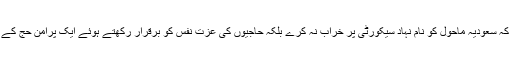
انہوں نے مزید فرمایا کہ سعودیہ ماحول کو نام نہاد سیکورٹی پر خراب نہ کرے بلکہ حاجیوں کی عزت نفس کو برقرار رکھتے ہوئے ایک پُرامن حج کے انعقاد کو یقینی بنائے۔